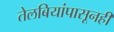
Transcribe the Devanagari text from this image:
तेलबियांपासूनही